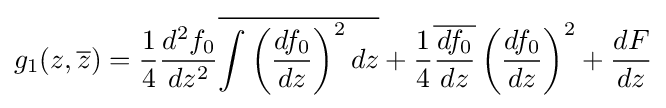
g_{1}(z,{\overline {z}})={\frac {1}{4}}{\frac {d^{2}f_{0}}{dz^{2}}}{\overline {\int \left({\frac {df_{0}}{dz}}\right)^{2}dz}}+{\frac {1}{4}}{\overline {\frac {df_{0}}{dz}}}\left({\frac {df_{0}}{dz}}\right)^{2}+{\frac {dF}{dz}}